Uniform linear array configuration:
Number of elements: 12
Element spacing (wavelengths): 0.75
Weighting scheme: kaiser
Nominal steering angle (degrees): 30
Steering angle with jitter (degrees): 30.333
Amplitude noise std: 0.05
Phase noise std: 0.05

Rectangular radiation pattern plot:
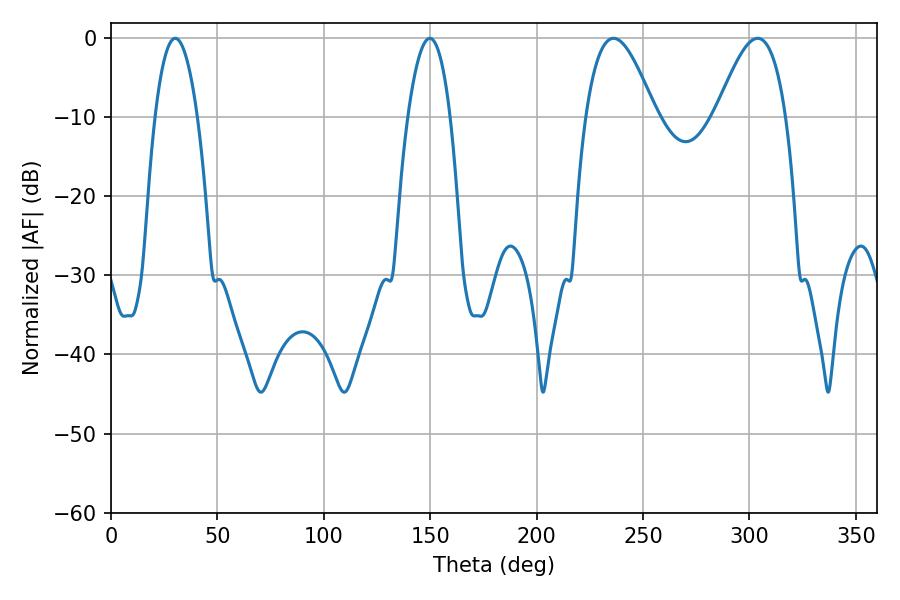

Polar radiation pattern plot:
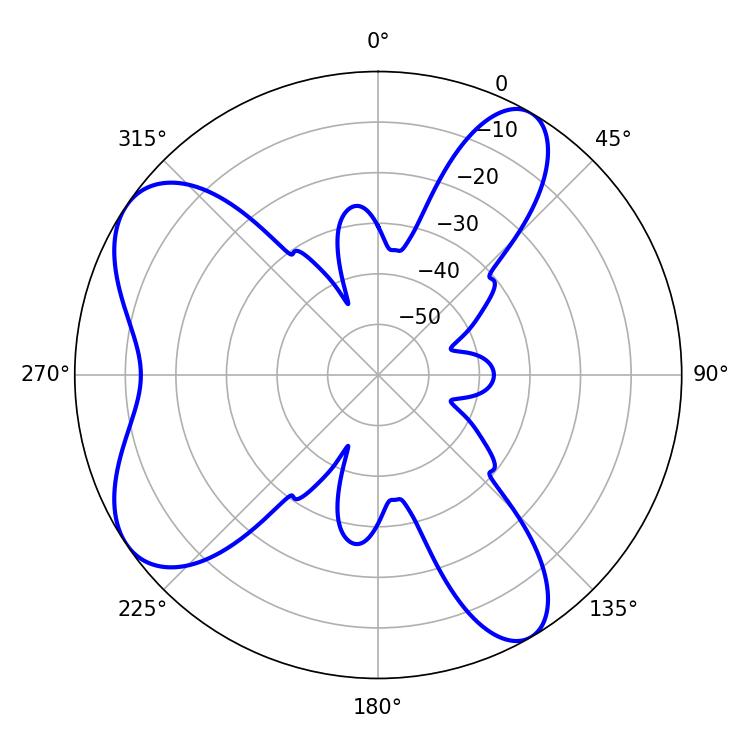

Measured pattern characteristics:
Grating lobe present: TRUE
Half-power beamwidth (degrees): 17.64
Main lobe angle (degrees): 236.16